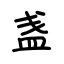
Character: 盏